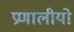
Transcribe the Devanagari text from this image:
प्रणालीयो